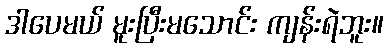
ဒါပေမယ် မူးပြီးမသောင်း ကျန်းရဲဘူး။